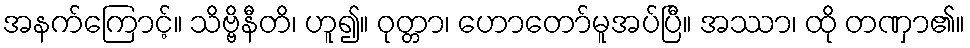
အနက်ကြောင့်။ သိဗ္ဗိနီတိ၊ ဟူ၍။ ဝုတ္တာ၊ ဟောတော်မူအပ်ပြီ။ အဿာ၊ ထို တဏှာ၏။